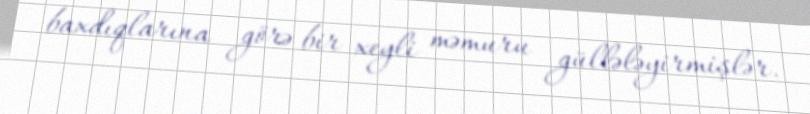
baxdıqlarına görə bir xeyli məmuru güllələyirmişlər.